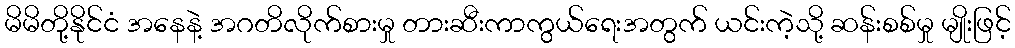
မိမိတို့နိုင်ငံ အနေနဲ့ အဂတိလိုက်စားမှု တားဆီးကာကွယ်ရေးအတွက် ယင်းကဲ့သို့ ဆန်းစစ်မှု မျိုးဖြင့်